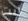
أنت